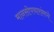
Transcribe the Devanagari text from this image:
मानसोपचारांमध्ये